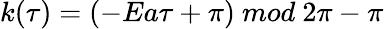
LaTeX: k(\tau)=(-Ea\tau+\pi)\ mod\ 2\pi-\pi